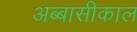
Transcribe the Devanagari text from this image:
अब्बासीकाल